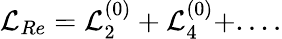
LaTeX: {\cal L}_{Re}={\cal L}_{2}^{(0)}+{\cal L}_{4}^{(0)}+....